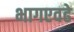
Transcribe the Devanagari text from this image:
भागएवढे